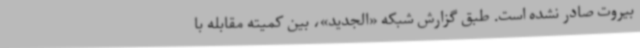
بیروت صادر نشده است. طبق گزارش شبکه «الجدید»، بین کمیته مقابله با